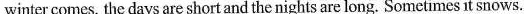
winter comes, the days are short and the nights are long. Sometimes it snows.